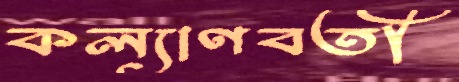
কল্যাণবতী